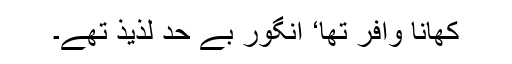
کھانا وافر تھا‘ انگور بے حد لذیذ تھے۔